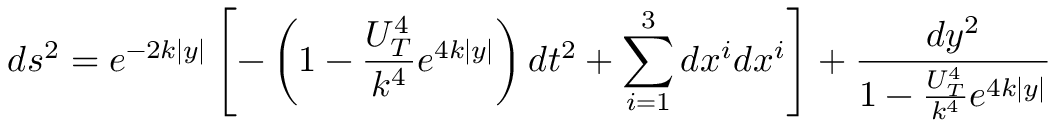
d s ^ { 2 } = e ^ { - 2 k \mid y \mid } \left[ - \left( 1 - \frac { U _ { T } ^ { 4 } } { k ^ { 4 } } e ^ { 4 k \mid y \mid } \right) d t ^ { 2 } + \sum _ { i = 1 } ^ { 3 } d x ^ { i } d x ^ { i } \right] + \frac { d y ^ { 2 } } { 1 - \frac { U _ { T } ^ { 4 } } { k ^ { 4 } } e ^ { 4 k \mid y \mid } }